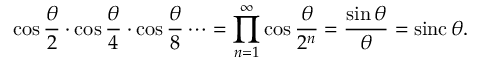
\cos { \frac { \theta } { 2 } } \cdot \cos { \frac { \theta } { 4 } } \cdot \cos { \frac { \theta } { 8 } } \cdots = \prod _ { n = 1 } ^ { \infty } \cos { \frac { \theta } { 2 ^ { n } } } = { \frac { \sin \theta } { \theta } } = \operatorname { s i n c } \theta .